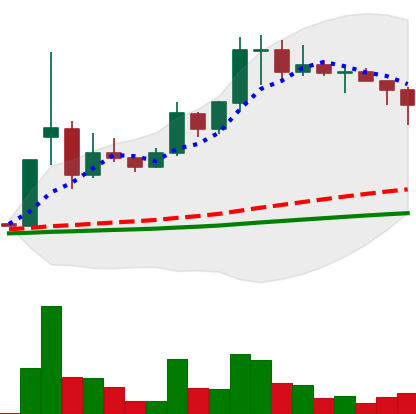
Ticker: DOGE-USD
Chart end date: 2021-02-15
Forward return: -3.9%
Label: down_3_5